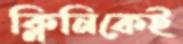
ক্লিনিকেই